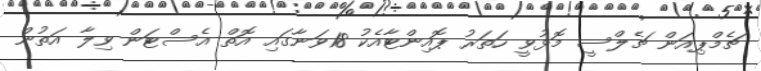
ޗެމްޕިއަން ޗެލްސީ މޮޅުވީ ހަތަރު ޕޮއިންޓާއެކު 18ވަނާގައި އޮތް އެސްޓަން ވިލާ އަތުން